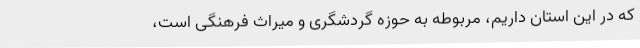
که در این استان داریم، مربوطه به حوزه گردشگری و میراث فرهنگی است،